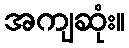
အကျဆုံး။